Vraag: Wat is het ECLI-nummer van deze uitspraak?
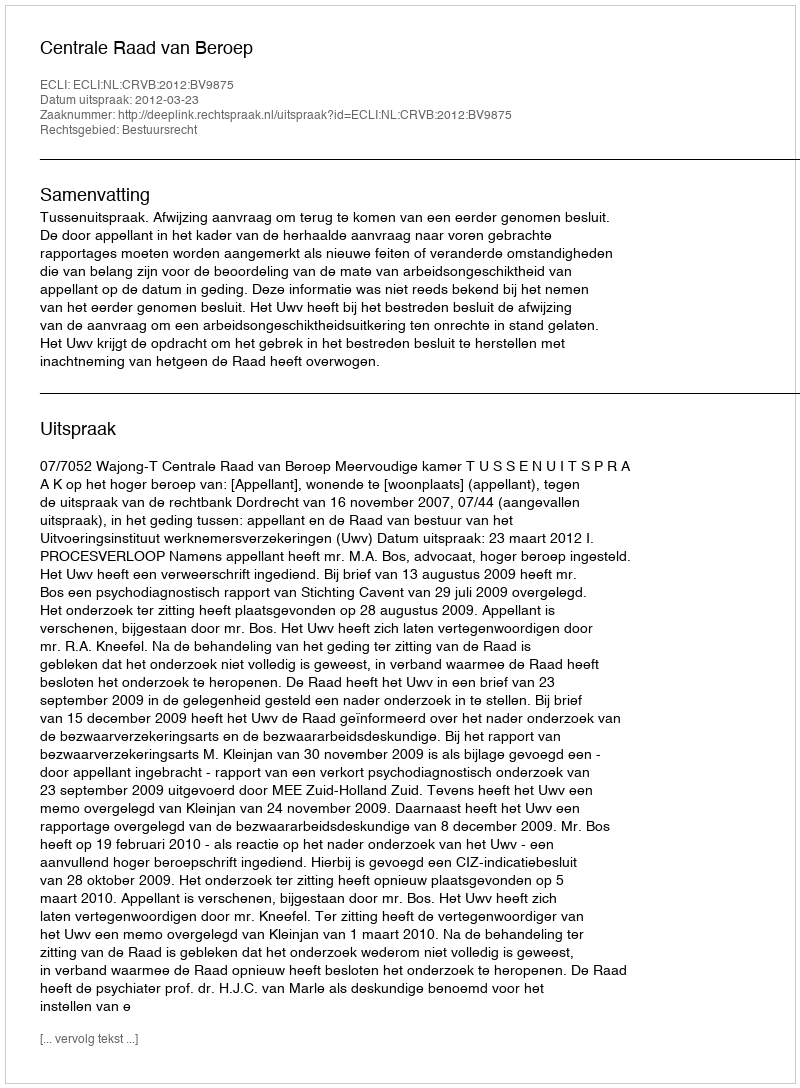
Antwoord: ECLI:NL:CRVB:2012:BV9875